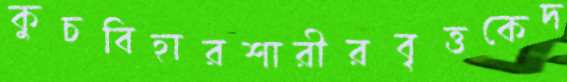
কুচবিহারশারীরবৃত্তকেদ